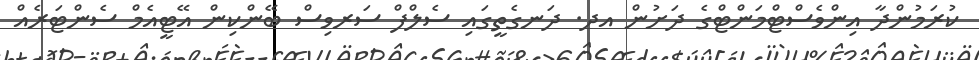
ކުރަމުންދާ އިންވެސްޓްމަންޓްގެ ދަށުން އދ. ދަނގެތީގައި ސެލްފް ސަރވިސް ބޭންކިން އޭޓީއެމް ސެންޓަރެއް